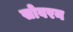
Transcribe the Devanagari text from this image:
सोवरन